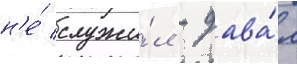
н'е́ служи́л - дава́л